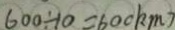
6 0 0 \div 1 0 = 6 0 0 k m